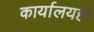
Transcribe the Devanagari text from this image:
कार्यालयही